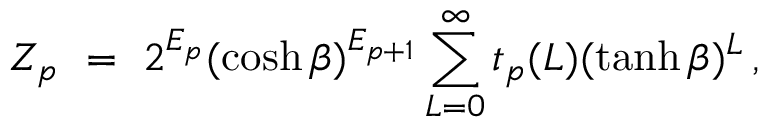
Z _ { p } ~ = ~ 2 ^ { E _ { p } } ( \cosh \beta ) ^ { E _ { p + 1 } } \sum _ { L = 0 } ^ { \infty } t _ { p } ( L ) ( \operatorname { t a n h } \beta ) ^ { L } \, ,